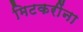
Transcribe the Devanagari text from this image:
मिटकरींना